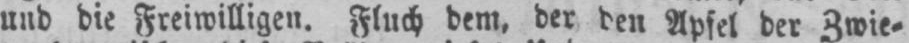
und die Freiwilligen. Fluch dem, der den Apfel der Zwie⸗